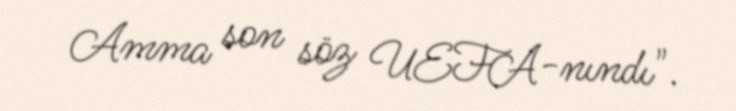
Amma son söz UEFA-nındı".